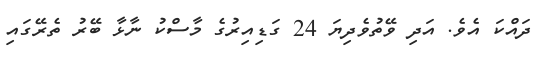
ދައްކަ އެވެ. އަދި ވޭތުވެދިޔަ 24 ގަޑިއިރުގެ މާސްކު ނާޅާ ބޭރު ތެރޭގައި